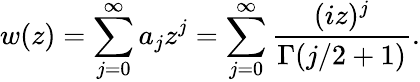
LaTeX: w(z)=\sum_{j=0}^{\infty}a_{j}z^{j}=\sum_{j=0}^{\infty}\frac{(iz)^{j}}{\Gamma(j/2+1)}.